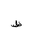
Letter: _za